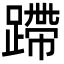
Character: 蹛